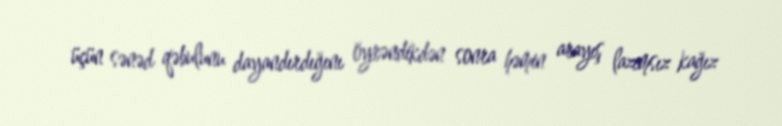
üçün sənəd qəbulunu dayandırdığını öyrəndikdən sonra həmin arayış lazımsız kağız